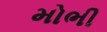
મોભી